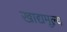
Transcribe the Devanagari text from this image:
खाद्यमूल्य